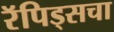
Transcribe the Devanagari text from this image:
रॅपिड्सचा